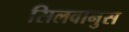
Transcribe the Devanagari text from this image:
सिलवानुस